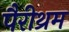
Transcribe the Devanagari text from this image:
पैरीथ्रम